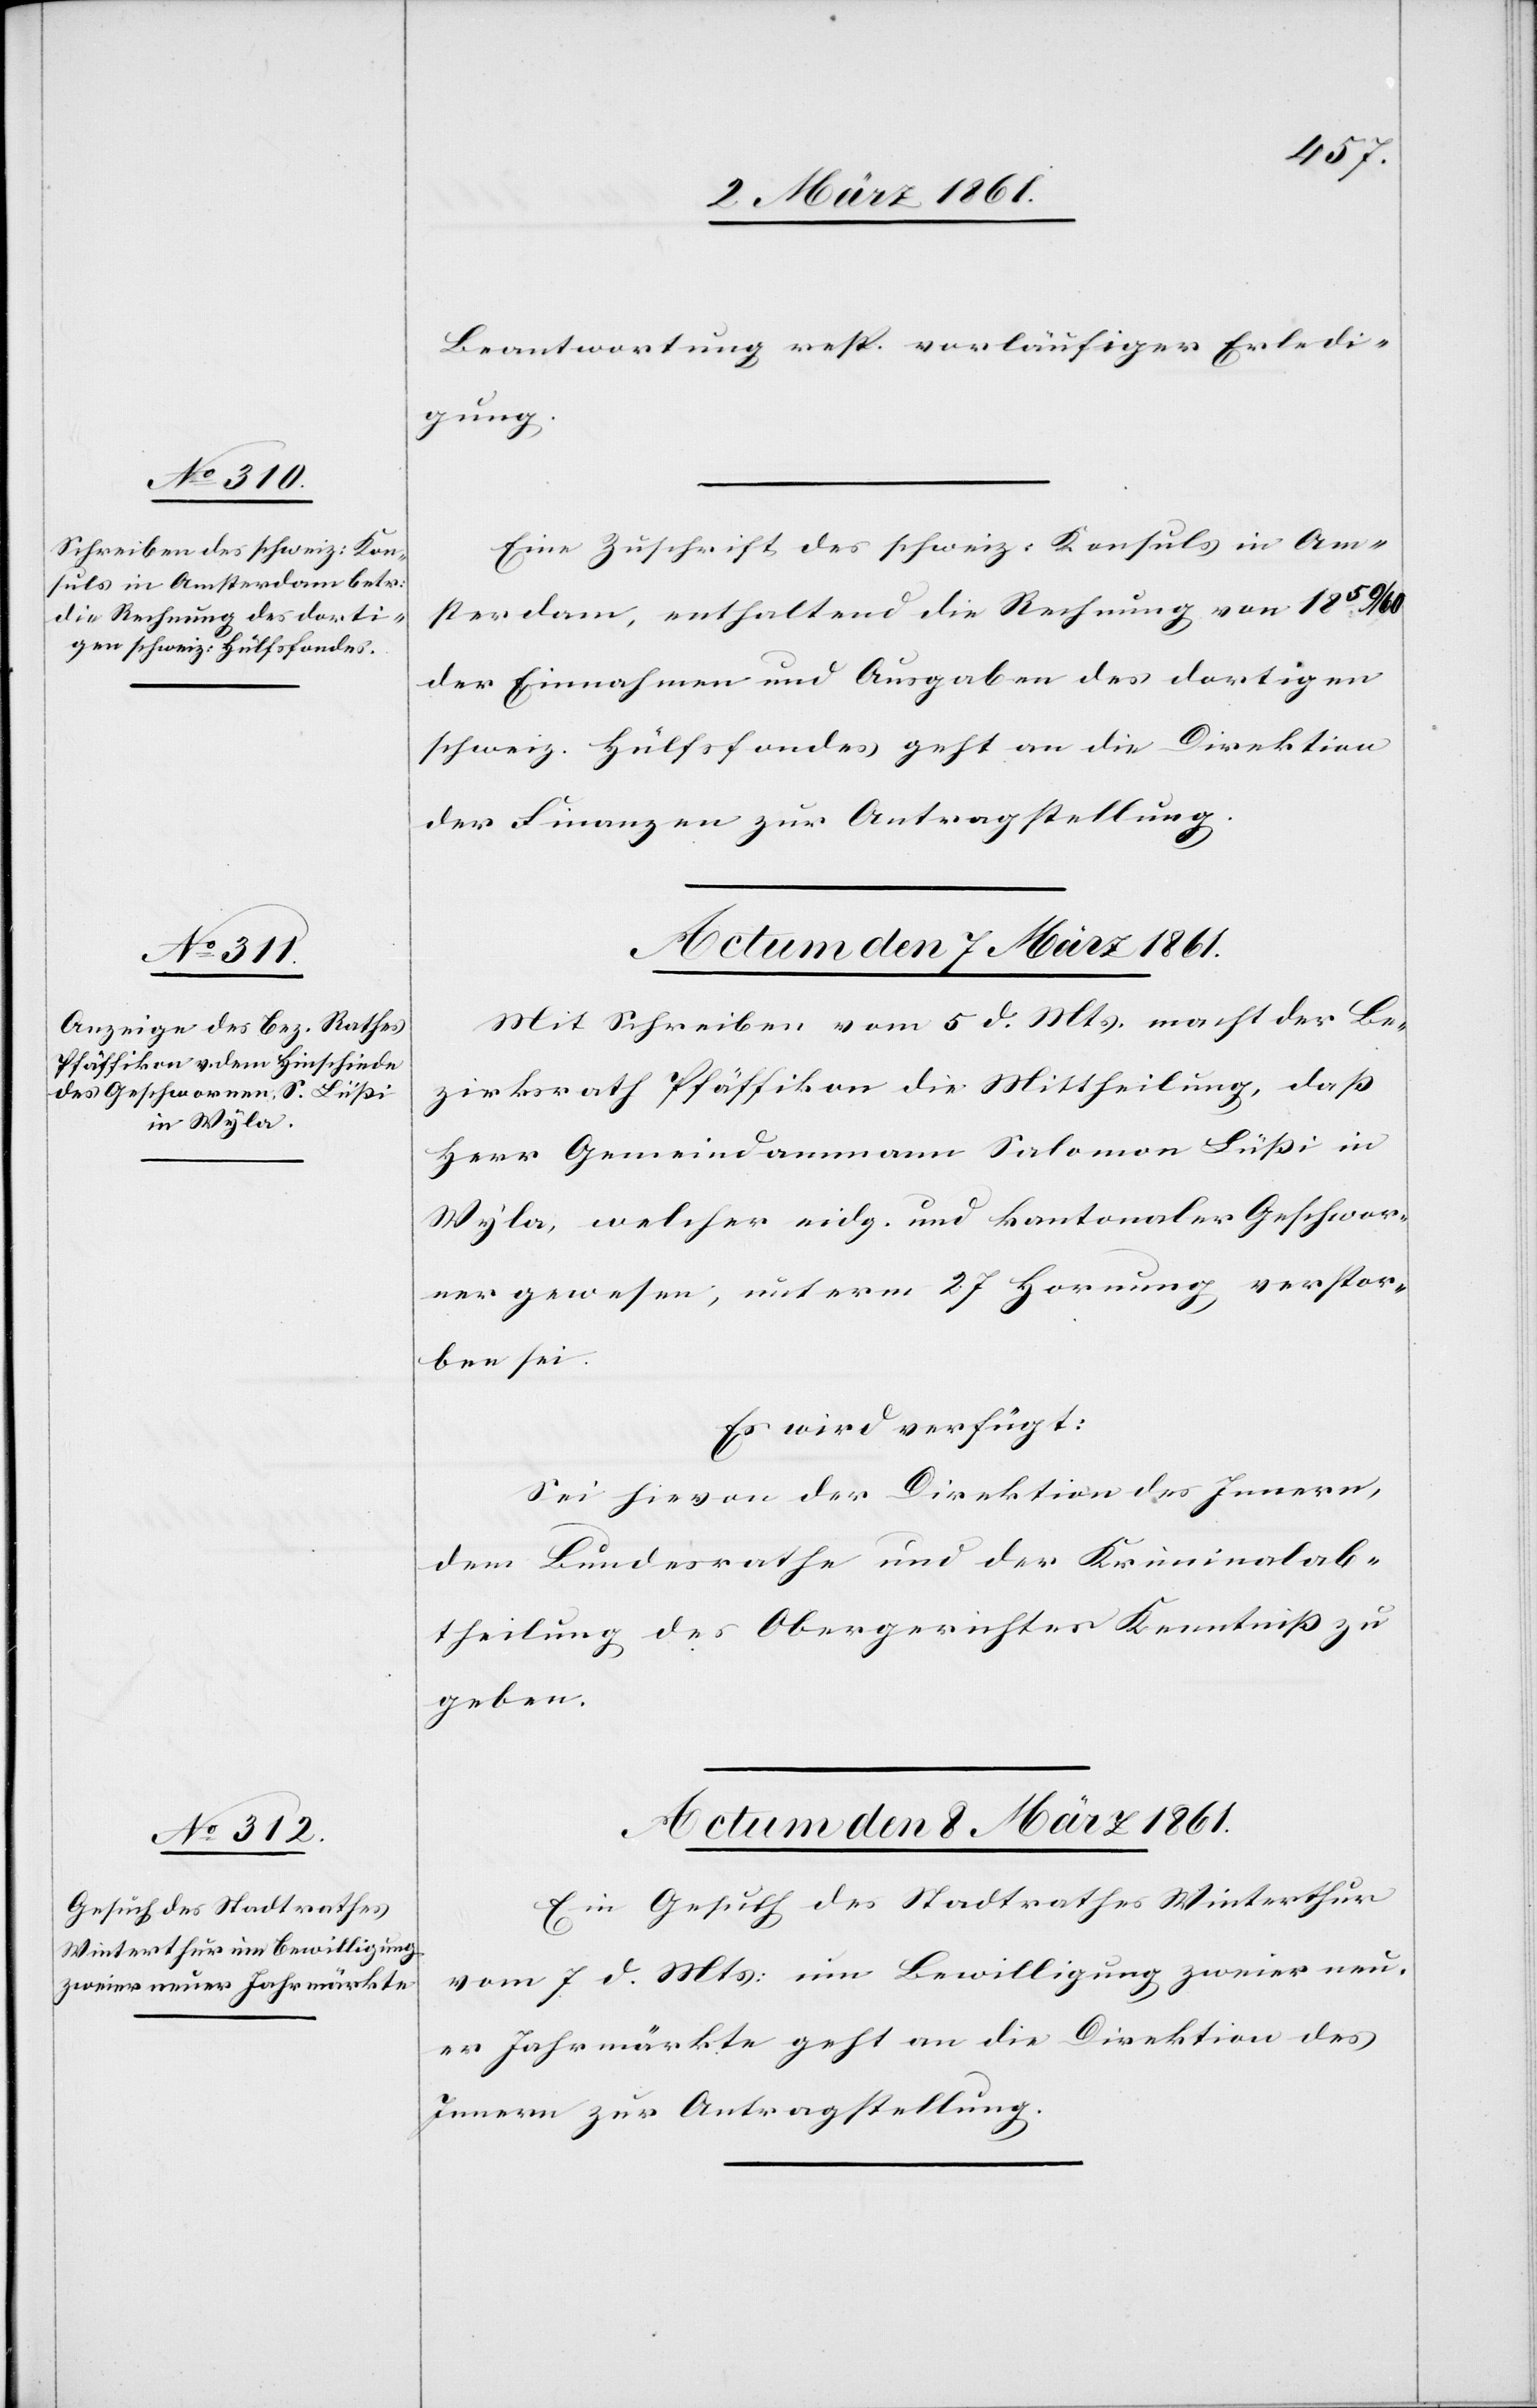
Beantwortung resp. vorläufiger Erledi¬
gung.
Eine Zuschrift des schweiz: Konsuls in Am¬
sterdam, enthaltend die Rechnung von 1859/60
der Einahmen und Ausgaben des dortigen
schweiz. Hülfsfondes geht an die Direktion
der Finanzen zur Antragstellung.
Actum den 7. März 1861.
Mit Schreiben vom 5 d. Mts., macht der Be¬
zirksrath Pfäffikon die Mittheilung, dass
Herr Gemeindammann Salomon Lüssi in
Wyla, welcher eidg. und kantonaler Geschwor¬
ner gewesen, unterm 27 Hornung verstor¬
ben sei.
Es wird verfügt:
Sei hievon der Direktion des Innern,
dem Bundesrathe und der Kriminalab¬
theilung des Obergerichtes Kenntniss zu
geben.
Actum den 8. März 1861.
Ein Gesuch des Stadtrathes Winterthur
vom 7 d. Mts: um Bewilligung zweier neu¬
er Jahrmärkte geht an die Direktion des
Innern zur Antragstellung.